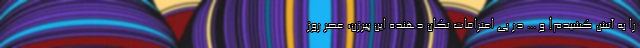
را به آتش کشیدم! و ... در پی اعترافات تکان دهنده این پیرزن، عصر روز